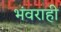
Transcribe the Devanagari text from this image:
भंवराही